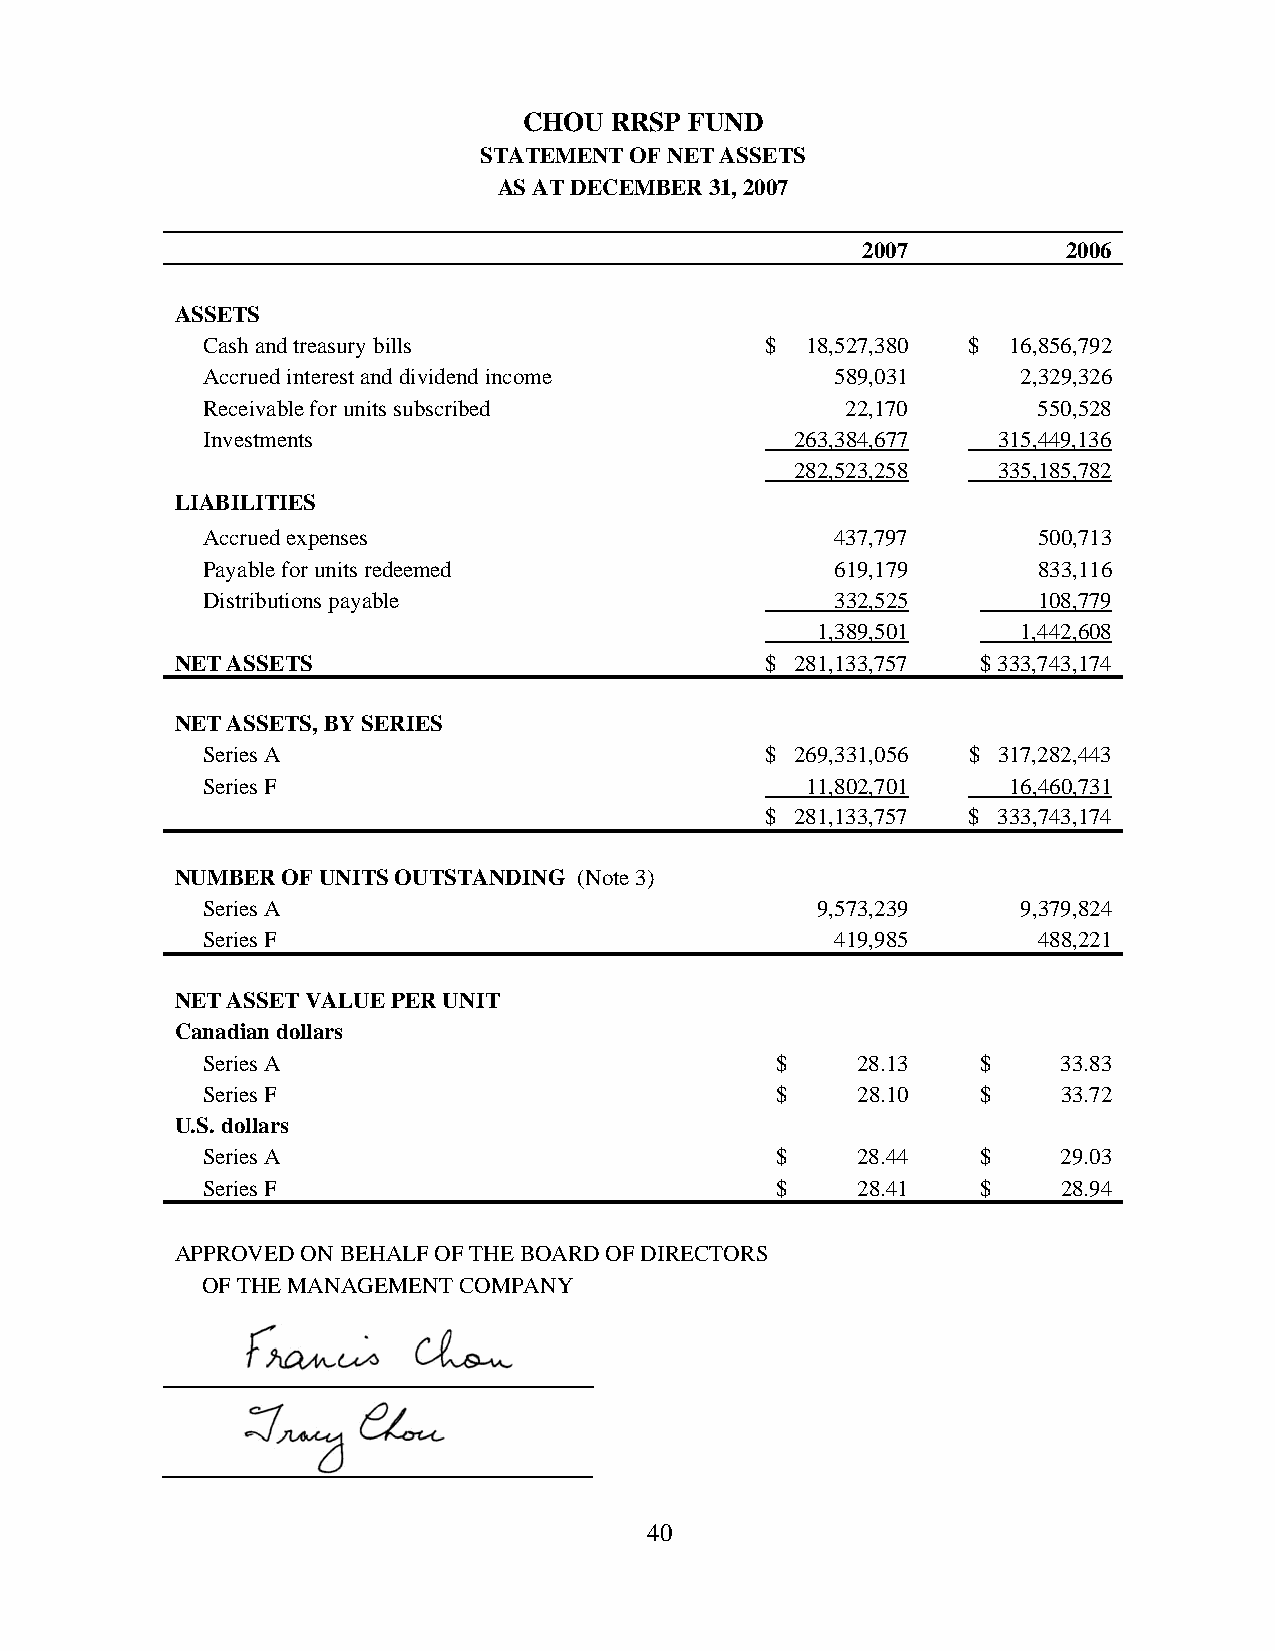
CHOU RRSP  FUND
 STATEMENT OF NET ASSETS
 AS AT DECEMBER 31, 2007
 2007          2006
 ASSETS
 Cash and treasury bills               $ 18,527,380 $  16,856,792
 Accrued interest and dividend income      589,031      2,329,326
 Receivable for units subscribed            22,170       550,528
 Investments                             263,384,677  315,449,136
 282,523,258  335,185,782
 LIABILITIES
 Accrued expenses                          437,797       500,713
 Payable for units redeemed                619,179       833,116
 Distributions payable                     332,525       108,779
 1,389,501     1,442,608
 NET ASSETS                             $ 281,133,757 $ 333,743,174
 NET ASSETS, BY SERIES
 Series A                              $ 269,331,056 $ 317,282,443
 Series F                                11,802,701    16,460,731
 $ 281,133,757 $ 333,743,174
 NUMBER OF UNITS OUTSTANDING (Note 3)
 Series A                                 9,573,239     9,379,824
 Series F                                  419,985       488,221
 NET ASSET VALUE PER UNIT
 Canadian dollars
 Series A                              $     28.13   $    33.83
 Series F                              $     28.10   $    33.72
 U.S. dollars
 Series A                              $     28.44   $    29.03
 Series F                              $     28.41   $    28.94
 APPROVED ON BEHALF OF THE BOARD OF DIRECTORS
 OF THE MANAGEMENT COMPANY
 40